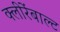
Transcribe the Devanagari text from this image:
क्लीरेंबाल्ट